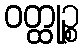
ဝတ္ထုဉ္စ